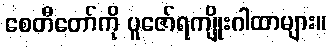
စေတီတော်ကို ပူဇော်ရကျိုးဂါထာများ။